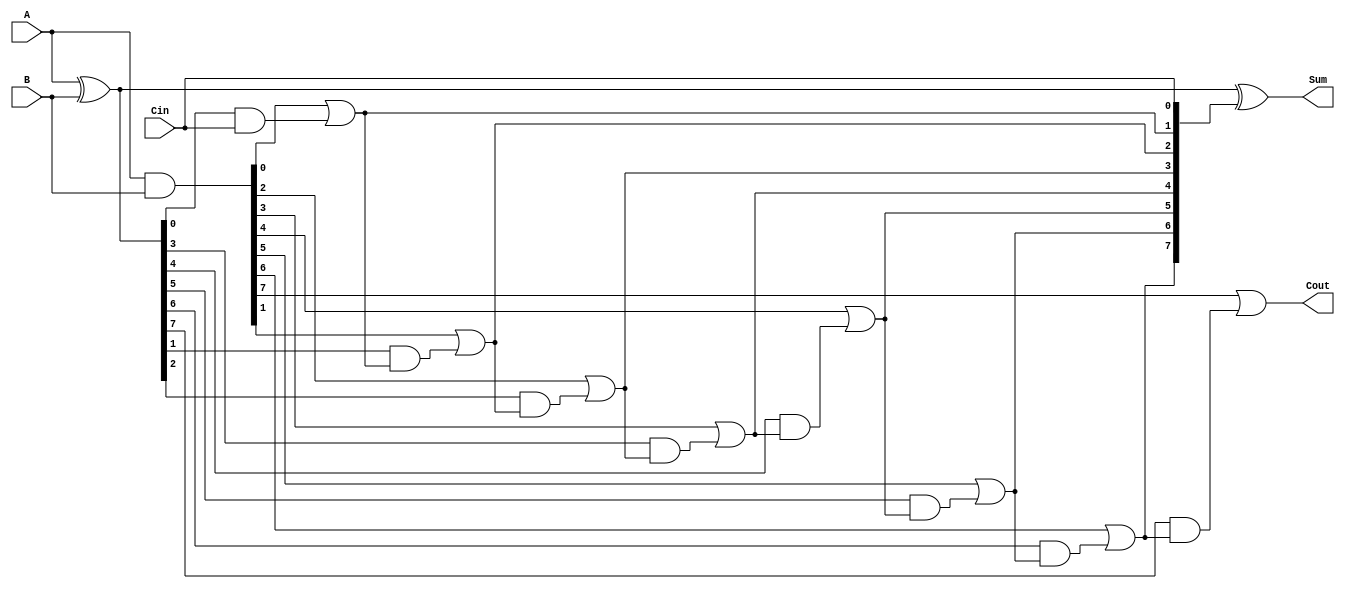
module PrecomputationCarryAdder #(parameter N = 8) (
    input  wire [N-1:0] A,      // First operand
    input  wire [N-1:0] B,      // Second operand
    input  wire Cin,             // Carry-in
    output wire [N-1:0] Sum,     // Sum output
    output wire Cout             // Carry-out
);

    // Generate and propagate signals
    wire [N-1:0] G; // Generate
    wire [N-1:0] P; // Propagate
    wire [N-1:0] C; // Carry

    // Generate and propagate logic
    assign G = A & B;                // G[i] = A[i] AND B[i]
    assign P = A ^ B;                // P[i] = A[i] XOR B[i]

    // Carry generation
    assign C[0] = G[0] | (P[0] & Cin); // Cout[0]
    
    genvar i;
    generate
        for (i = 1; i < N; i = i + 1) begin : carry_gen
            assign C[i] = G[i] | (P[i] & C[i-1]); // Cout[i]
        end
    endgenerate

    // Sum calculation
    assign Sum = A ^ B ^ {C[N-2:0], Cin}; // Sum[i] = A[i] XOR B[i] XOR Cout[i-1]

    // Carry-out from the most significant bit
    assign Cout = C[N-1];

endmodule